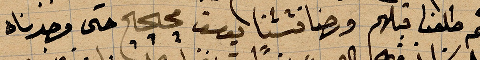
ثم طلعنا قبلهم ورحنا ... يوسف محجج حتى وجدناه